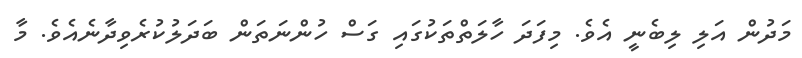
މަދުން އަލި ލިބެނީ އެވެ. މިފަދަ ހާލަތްތަކުގައި ގަސް ހުންނަތަން ބަދަލުކުރެވިދާނެއެވެ. މާ